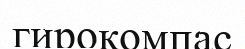
гирокомпас